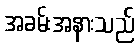
အခမ်းအနားသည်